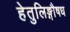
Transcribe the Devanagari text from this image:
हेतुलिङ्गौषध